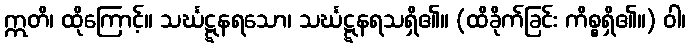
ဣတိ၊ ထိုကြောင့်။ သင်္ဃဋ္ဋနရသော၊ သင်္ဃဋ္ဋနရသရှိ၏။ (ထိခိုက်ခြင်း ကိစ္စရှိ၏။) ဝါ၊